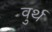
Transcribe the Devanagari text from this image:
वुर्थ